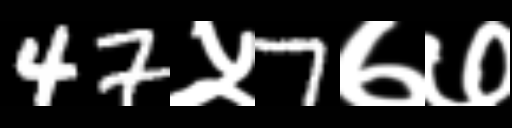
Text: 47५7७७